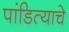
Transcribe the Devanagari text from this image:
पांडित्याचे